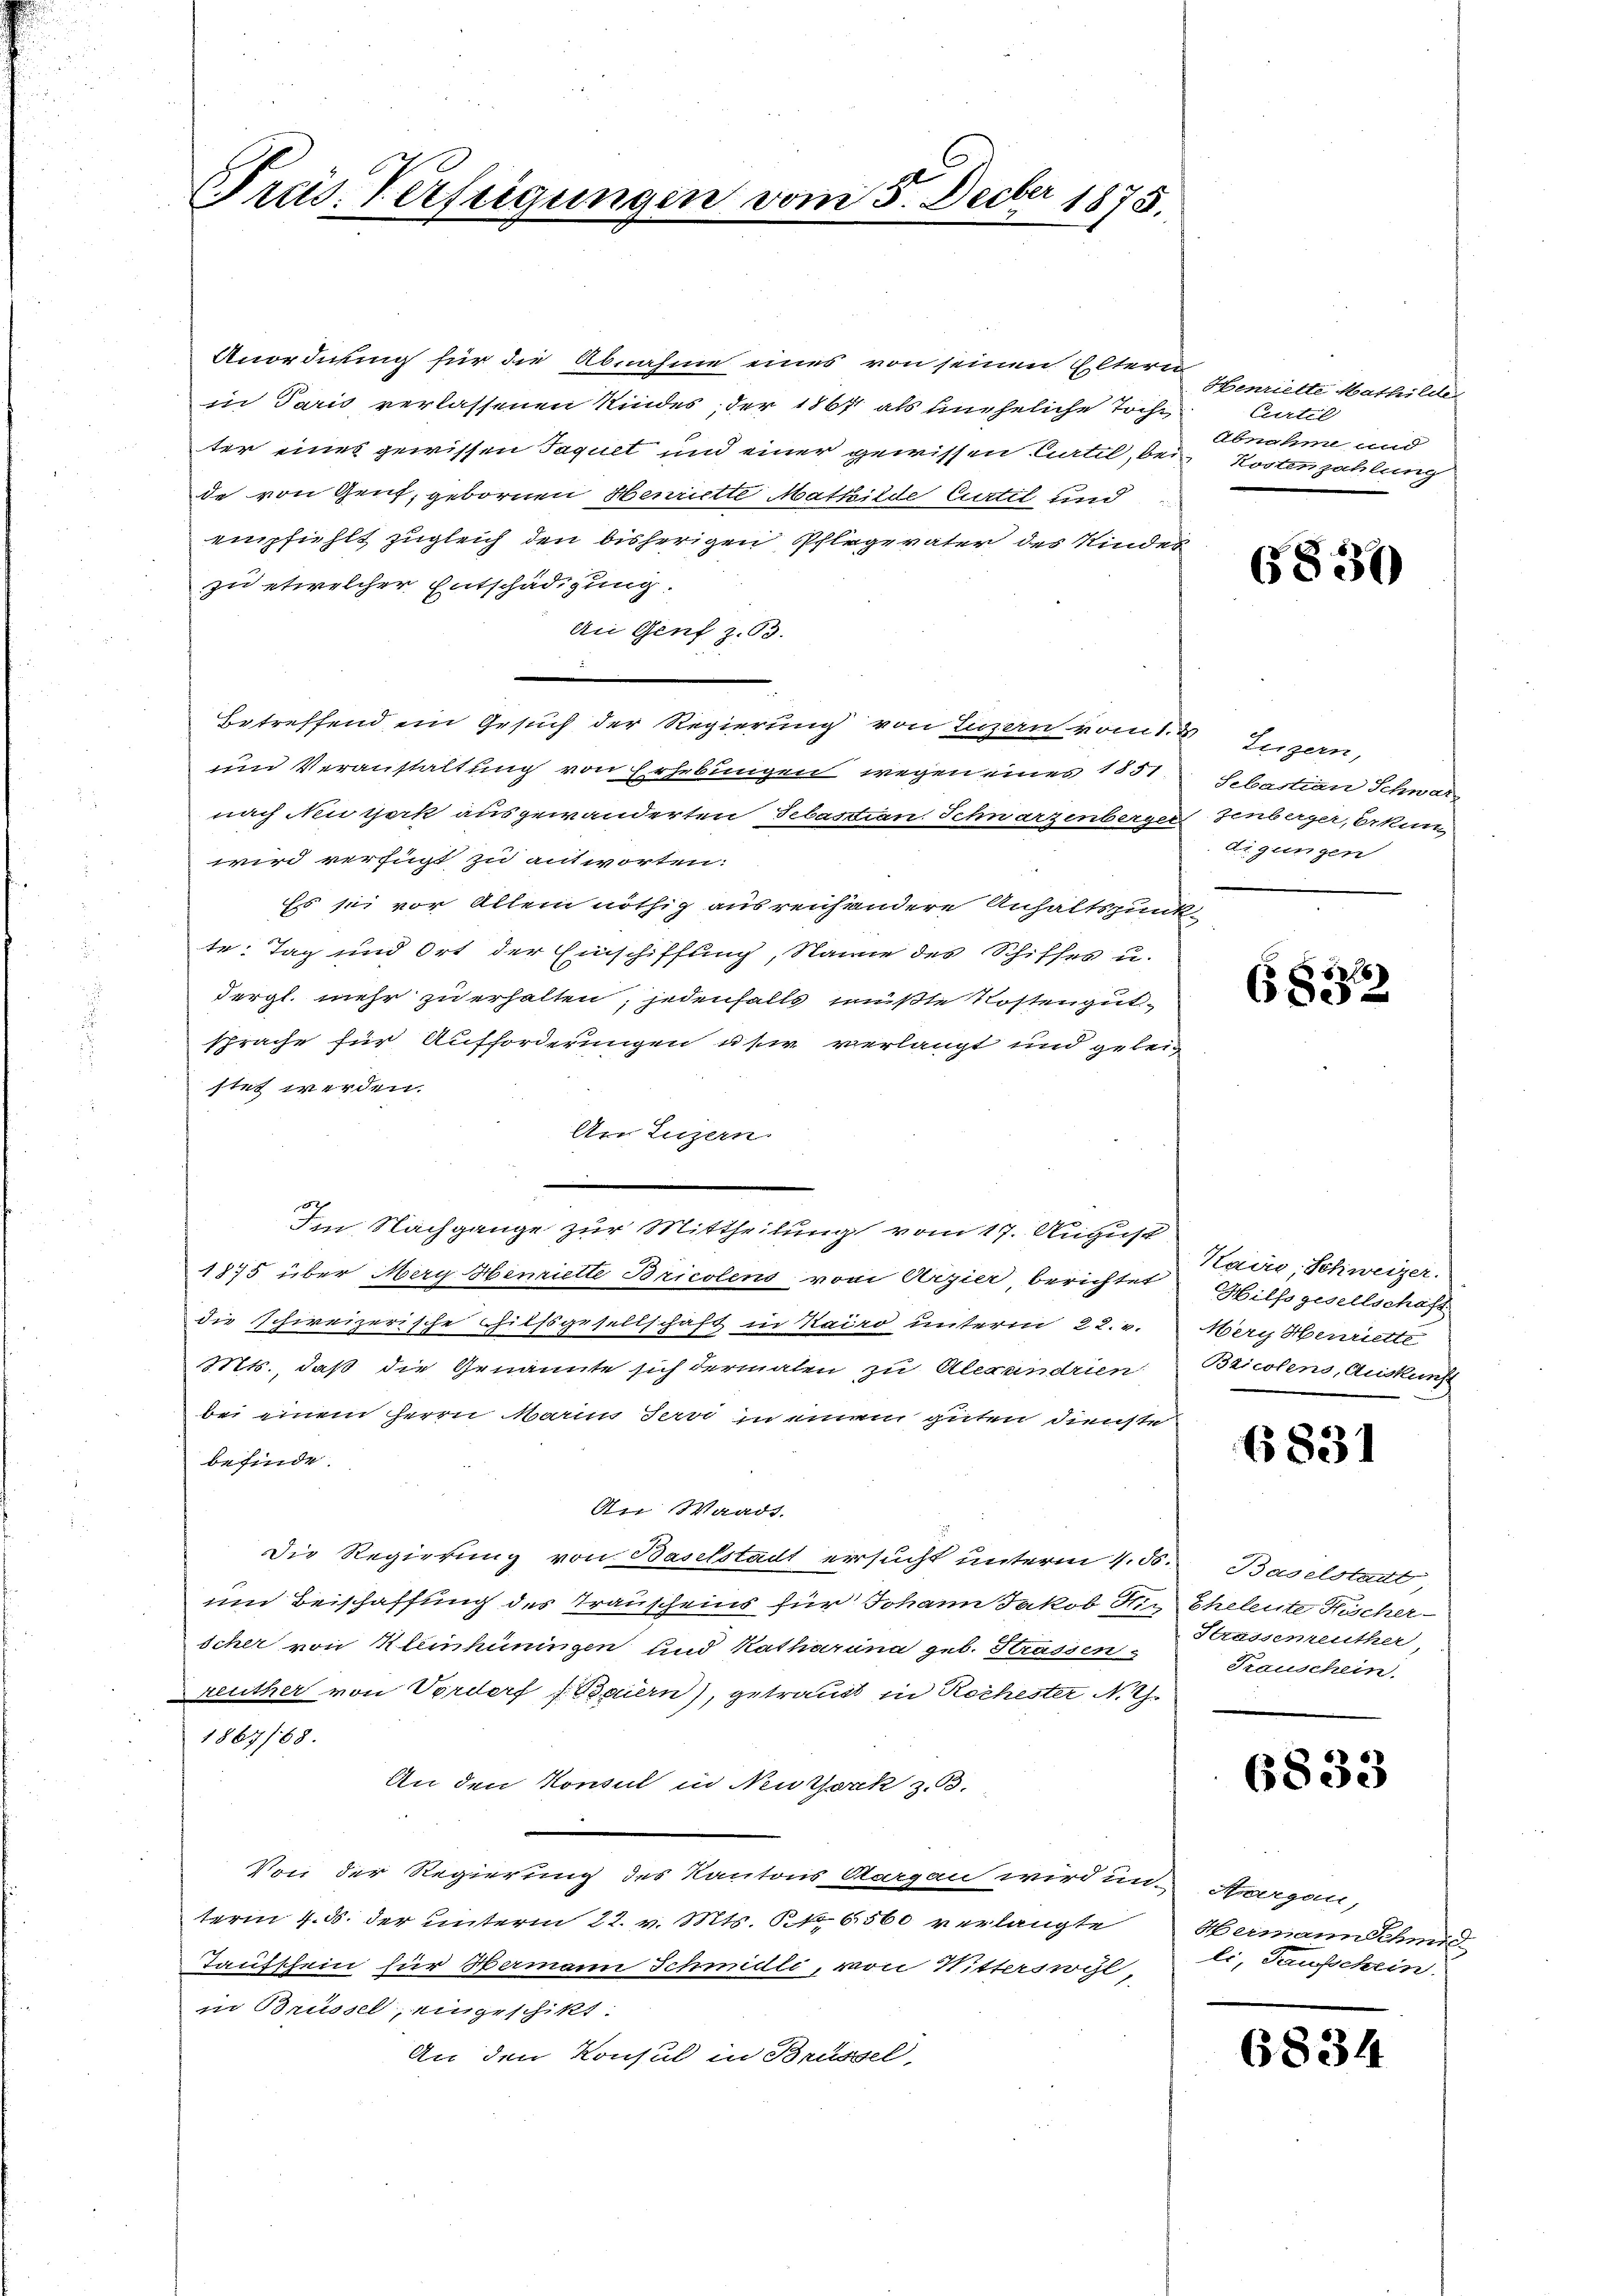
Präs. Verfügungen vom 5. Decbr 1875.

Anordnung für die Abnahme eines von seinen Eltern
in Paris verlassenen Kindes, der 1867 als uneheliche Tochter eines gewissen Taguet und einer gewissen Citil, bede von Gent, gebornen Henriette Mathilde Curtil und
empfiehlt zugleich den bisherigen Pflege väter des Kinde
zu etwelcher Entschädigung.
An Genf z.63.
Betreffend ein Gesuch der Regierung von Luzern vom 1.
n Veranstaltung von Erhebungen wegen eines 185,
nach Neuzerk ausgewanderten Sebastian Schwarzenberger
wird verfügt zu antworten.
Es sei vor Allem nöthig ausreichendere Anhaltszin
i
te: Tag und Ort der Einschiffung, Name des Schiffes u.
dergl. mehr zu erhalten; jedenfalls müßte Kostengutx
sprache für Aufforderungen use verlangt und gelei-
stet werden.
Am Luzern.
Im Nachgange zur Mittheilung vom 17. August
1875 über Mery Henriette Bricolens vom Arzier, berichtet Hilfsgesellschaf
die schweizerische Hilfsgesellschaft in Kairo unterm 22. v.
Mts., daß die Genannte sich dermalen zu Alerundrien
bei einem Herrn Marin Servi in einem guten Dienste
befinde.
An Waadt.
Die Regierung von Baselstadt ersucht unterm 4. d. Baselstadt
um Beischaffung des Trauscheins für Johann Jakob Sie Eheleute Kischerscher von Kleinhüningen und Katharina geb. Strassen s
Kreuther von Vorderf Bauern), getraut in Rochester N. Z.
1867/68.
An den Konsul in Neuzorck z. B.
Von der Regierung des Kantons Aargau wird in Aargau,
term 4. d. der unterm 22. v. Mts. f. 6560 verlangte
Taufschein für Hermann Schmidli, von Witterswyl,
in Brüssel, eingeschikt.
An den Konsul in Brüssel,

Henrielle Mathilde
Curtil
Abnahme und
Kostenzahlung

6837)

Lergern,
Sebastian Schwarz
zenberger, Erkun
digungen
f

50
6de

Kairs, Schweizer.
Mery Henriette
Bzicolens, Auskunft

6831

Strassementher,
Trauschein.

6833

Weimann Schmied
li, Sausschein.

6834